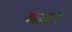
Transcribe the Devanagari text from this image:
अल्फ्रो